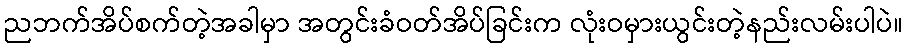
ညဘက်အိပ်စက်တဲ့အခါမှာ အတွင်းခံဝတ်အိပ်ခြင်းက လုံးဝမှားယွင်းတဲ့နည်းလမ်းပါပဲ။